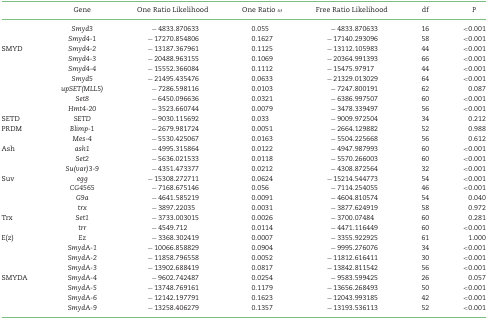
<table><thead><tr><td></td><td><b>Gene</b></td><td><b>One Ratio Likelihood</b></td><td><b>One Ratio ω</b></td><td><b>Free Ratio Likelihood</b></td><td><b>df</b></td><td><b><i>P</i></b></td></tr></thead><tbody><tr><td></td><td><i>Smyd3</i></td><td>−4833.870633</td><td>0.055</td><td>−4833.870633</td><td>16</td><td>&lt;0.001</td></tr><tr><td></td><td><i>Smyd4-1</i></td><td>−17270.854806</td><td>0.1627</td><td>−17140.293096</td><td>58</td><td>&lt;0.001</td></tr><tr><td>SMYD</td><td><i>Smyd4-2</i></td><td>−13187.367961</td><td>0.1125</td><td>−13112.105983</td><td>44</td><td>&lt;0.001</td></tr><tr><td></td><td><i>Smyd4-3</i></td><td>−20488.963155</td><td>0.1069</td><td>−20364.991393</td><td>66</td><td>&lt;0.001</td></tr><tr><td></td><td><i>Smyd4-4</i></td><td>−15552.366084</td><td>0.1112</td><td>−15475.97917</td><td>44</td><td>&lt;0.001</td></tr><tr><td></td><td><i>Smyd5</i></td><td>−21495.435476</td><td>0.0633</td><td>−21329.013029</td><td>64</td><td>&lt;0.001</td></tr><tr><td></td><td><i>upSET(MLL5)</i></td><td>−7286.598116</td><td>0.0103</td><td>−7247.800191</td><td>62</td><td>0.087</td></tr><tr><td></td><td><i>Set8</i></td><td>−6450.096636</td><td>0.0321</td><td>−6386.997507</td><td>60</td><td>&lt;0.001</td></tr><tr><td></td><td><i>Hmt4-20</i></td><td>−3523.660744</td><td>0.0079</td><td>−3478.339497</td><td>56</td><td>&lt;0.001</td></tr><tr><td>SETD</td><td><i>SETD</i></td><td>−9030.115692</td><td>0.033</td><td>−9009.972504</td><td>34</td><td>0.212</td></tr><tr><td>PRDM</td><td><i>Blimp-1</i></td><td>−2679.981724</td><td>0.0051</td><td>−2664.129882</td><td>52</td><td>0.988</td></tr><tr><td></td><td><i>Mes-4</i></td><td>−5530.425067</td><td>0.0163</td><td>−5504.225668</td><td>56</td><td>0.612</td></tr><tr><td>Ash</td><td><i>ash1</i></td><td>−4995.315864</td><td>0.0122</td><td>−4947.987993</td><td>60</td><td>&lt;0.001</td></tr><tr><td></td><td><i>Set2</i></td><td>−5636.021533</td><td>0.0118</td><td>−5570.266003</td><td>60</td><td>&lt;0.001</td></tr><tr><td></td><td><i>Su(var)3-9</i></td><td>−4351.473377</td><td>0.0212</td><td>−4308.872564</td><td>32</td><td>&lt;0.001</td></tr><tr><td>Suv</td><td><i>egg</i></td><td>−15308.272711</td><td>0.0624</td><td>−15214.544773</td><td>54</td><td>&lt;0.001</td></tr><tr><td></td><td><i>CG4565</i></td><td>−7168.675146</td><td>0.056</td><td>−7114.254055</td><td>46</td><td>&lt;0.001</td></tr><tr><td></td><td><i>G9a</i></td><td>−4641.585219</td><td>0.0091</td><td>−4604.810574</td><td>54</td><td>0.040</td></tr><tr><td></td><td><i>trx</i></td><td>−3897.22035</td><td>0.0031</td><td>−3877.624919</td><td>58</td><td>0.972</td></tr><tr><td>Trx</td><td><i>Set1</i></td><td>−3733.003015</td><td>0.0026</td><td>−3700.07484</td><td>60</td><td>0.281</td></tr><tr><td></td><td><i>trr</i></td><td>−4549.712</td><td>0.0114</td><td>−4471.116449</td><td>60</td><td>&lt;0.001</td></tr><tr><td>E(z)</td><td><i>Ez</i></td><td>−3368.302419</td><td>0.0007</td><td>−3355.922925</td><td>61</td><td>1.000</td></tr><tr><td></td><td><i>SmydA-1</i></td><td>−10066.858829</td><td>0.0904</td><td>−9995.276076</td><td>34</td><td>&lt;0.001</td></tr><tr><td></td><td><i>SmydA-2</i></td><td>−11858.796558</td><td>0.0052</td><td>−11812.616411</td><td>30</td><td>&lt;0.001</td></tr><tr><td></td><td><i>SmydA-3</i></td><td>−13902.688419</td><td>0.0817</td><td>−13842.811542</td><td>56</td><td>&lt;0.001</td></tr><tr><td>SMYDA</td><td><i>SmydA-4</i></td><td>−9602.742487</td><td>0.0254</td><td>−9583.599425</td><td>26</td><td>0.057</td></tr><tr><td></td><td><i>SmydA-5</i></td><td>−13748.769161</td><td>0.1179</td><td>−13656.268493</td><td>50</td><td>&lt;0.001</td></tr><tr><td></td><td><i>SmydA-6</i></td><td>−12142.197791</td><td>0.1623</td><td>−12043.993185</td><td>42</td><td>&lt;0.001</td></tr><tr><td></td><td><i>SmydA-9</i></td><td>−13258.406279</td><td>0.1357</td><td>−13193.536113</td><td>52</td><td>&lt;0.001</td></tr></tbody></table>